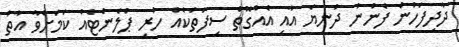
ދާދިފަހުން ފެނުނު ދުނިޔެ އާއި އެއްގޮތް ސިފަތަކެއް ހުރި ޕްލެނެޓެއް ކަމަށްވާ އާތު